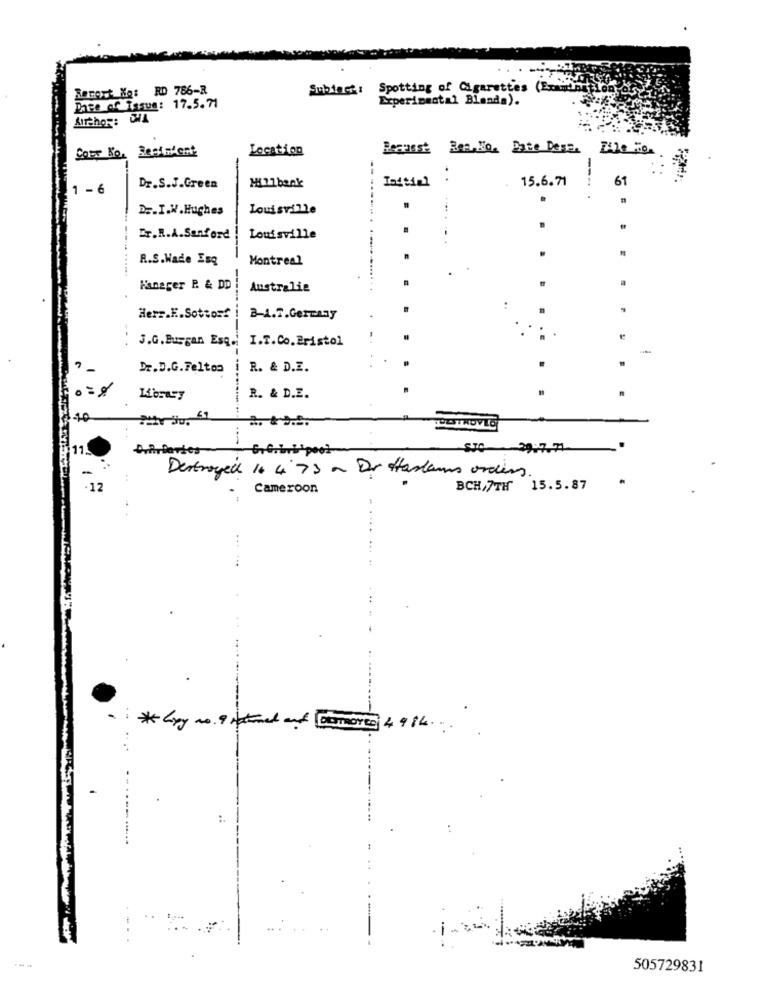
Resort Me: RD 786-R
Subiect: Spotting of Cigarettes (Examination
Experimental Blanda).
Phee of Issue: 17.5.71
AITthor: WA
Cont No. Bestment
Location
Request Rea,No. Date Dest. Like To.
---
Millbank
15.6.71
61
1 - 6
Dr.S.J.Green
Initial
---.
D .. I.W.Hughes
Louisville
---- .
ET.R.A.Sanford
Louisville
R.S.Wade Esq
Montreal
Haneger P. & DD
Australie
..
Herr.E.Sottorf
B-1.7.Germany
3.G. Burgan Esq.
I.T.Co.Bristol
-
Dr.D.G. Felton
R. & D.E.
R. & D.E.
Destroyed 10 4 73 ~ Dr Haslam ordin
.12
Cameroon
BCH/7TH 15.5.87
...
- i* Gpy no. 9 Hatmed and Domoree 4 9 86 ...
..
505729831